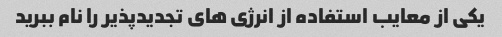
یکی از معایب استفاده از انرژی های تجدیدپذیر را نام ببرید